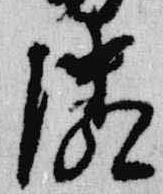
隣